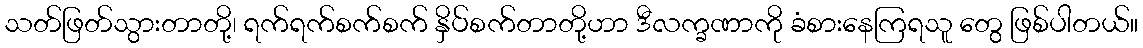
သတ်ဖြတ်သွားတာတို့၊ ရက်ရက်စက်စက် နှိပ်စက်တာတို့ဟာ ဒီလက္ခဏာကို ခံစားနေကြရသူ တွေ ဖြစ်ပါတယ်။